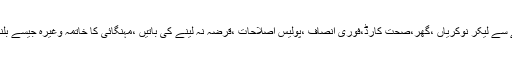
پہلے سو دن میں سب کچھ بدل دینے کی باتیں ،سادگی مہم ،وزاء کے پروٹوکول کے خاتمے سے لیکر نوکریاں ،گھر،صحت کارڈ،فوری انصاف ،پولیس اصلاحات ،قرضہ نہ لینے کی باتیں ،مہنگائی کا خاتمہ وغیرہ جیسے بلندوبانگ دعوے حسب دستور نکلے اور اب کرونا جیسا عذاب الٰہی میں ٹائیگر فورس کا قیام ۔